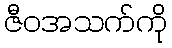
ဇီဝအသက်ကို